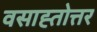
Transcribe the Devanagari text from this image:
वसाह्तोत्तर